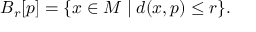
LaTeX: B _ { r } [ p ] = \{ x \in M \mid d ( x , p ) \leq r \} .